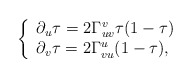
\begin{align*} \left\{ \begin{array}{lr} \partial_u\tau=2\Gamma_{uv}^v\tau(1-\tau)\\ \partial_v\tau=2\Gamma_{vu}^u(1-\tau), \end{array}\right.\end{align*}